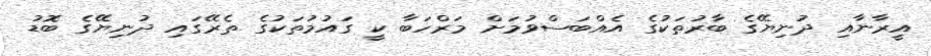
އީރާނާއި ދުނިޔޭގެ ބާރުތަކުގެ އެއްބަސްވުމަށް މަރްހަބާ ކީ ގައުމުތަކުގެ ތެރޭގައި ދުނިޔޭގެ ބޮޑު